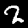
Digit: 2